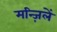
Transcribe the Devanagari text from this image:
मन्ज़िलें